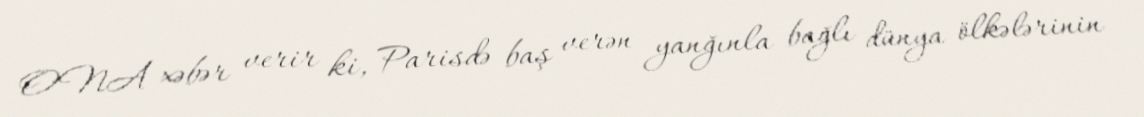
ONA xəbər verir ki, Parisdə baş verən yanğınla bağlı dünya ölkələrinin